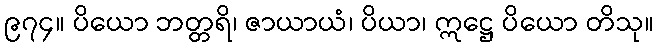
၉၇၄။ ပိယော ဘတ္တရိ၊ ဇာယာယံ၊ ပိယာ၊ ဣဋ္ဌေ ပိယော တိသု။